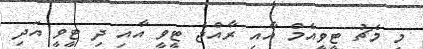
މި މެޗު ޓީވީއެމް އާއި ރާއްޖެ ޓީވީ އާއި ދި ޓީވީ އަދި